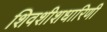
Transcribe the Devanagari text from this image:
शिवशीशधारिणी